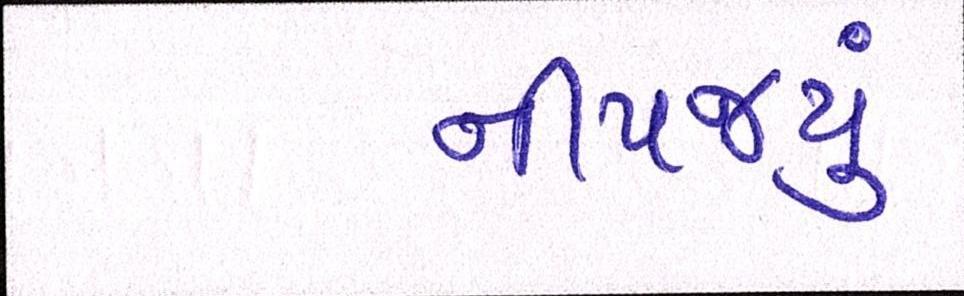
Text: નીપજ્યું